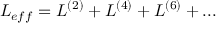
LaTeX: { \cal L } _ { e f f } = { \cal L } ^ { ( 2 ) } + { \cal L } ^ { ( 4 ) } + { \cal L } ^ { ( 6 ) } + . . .